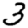
Digit: 3